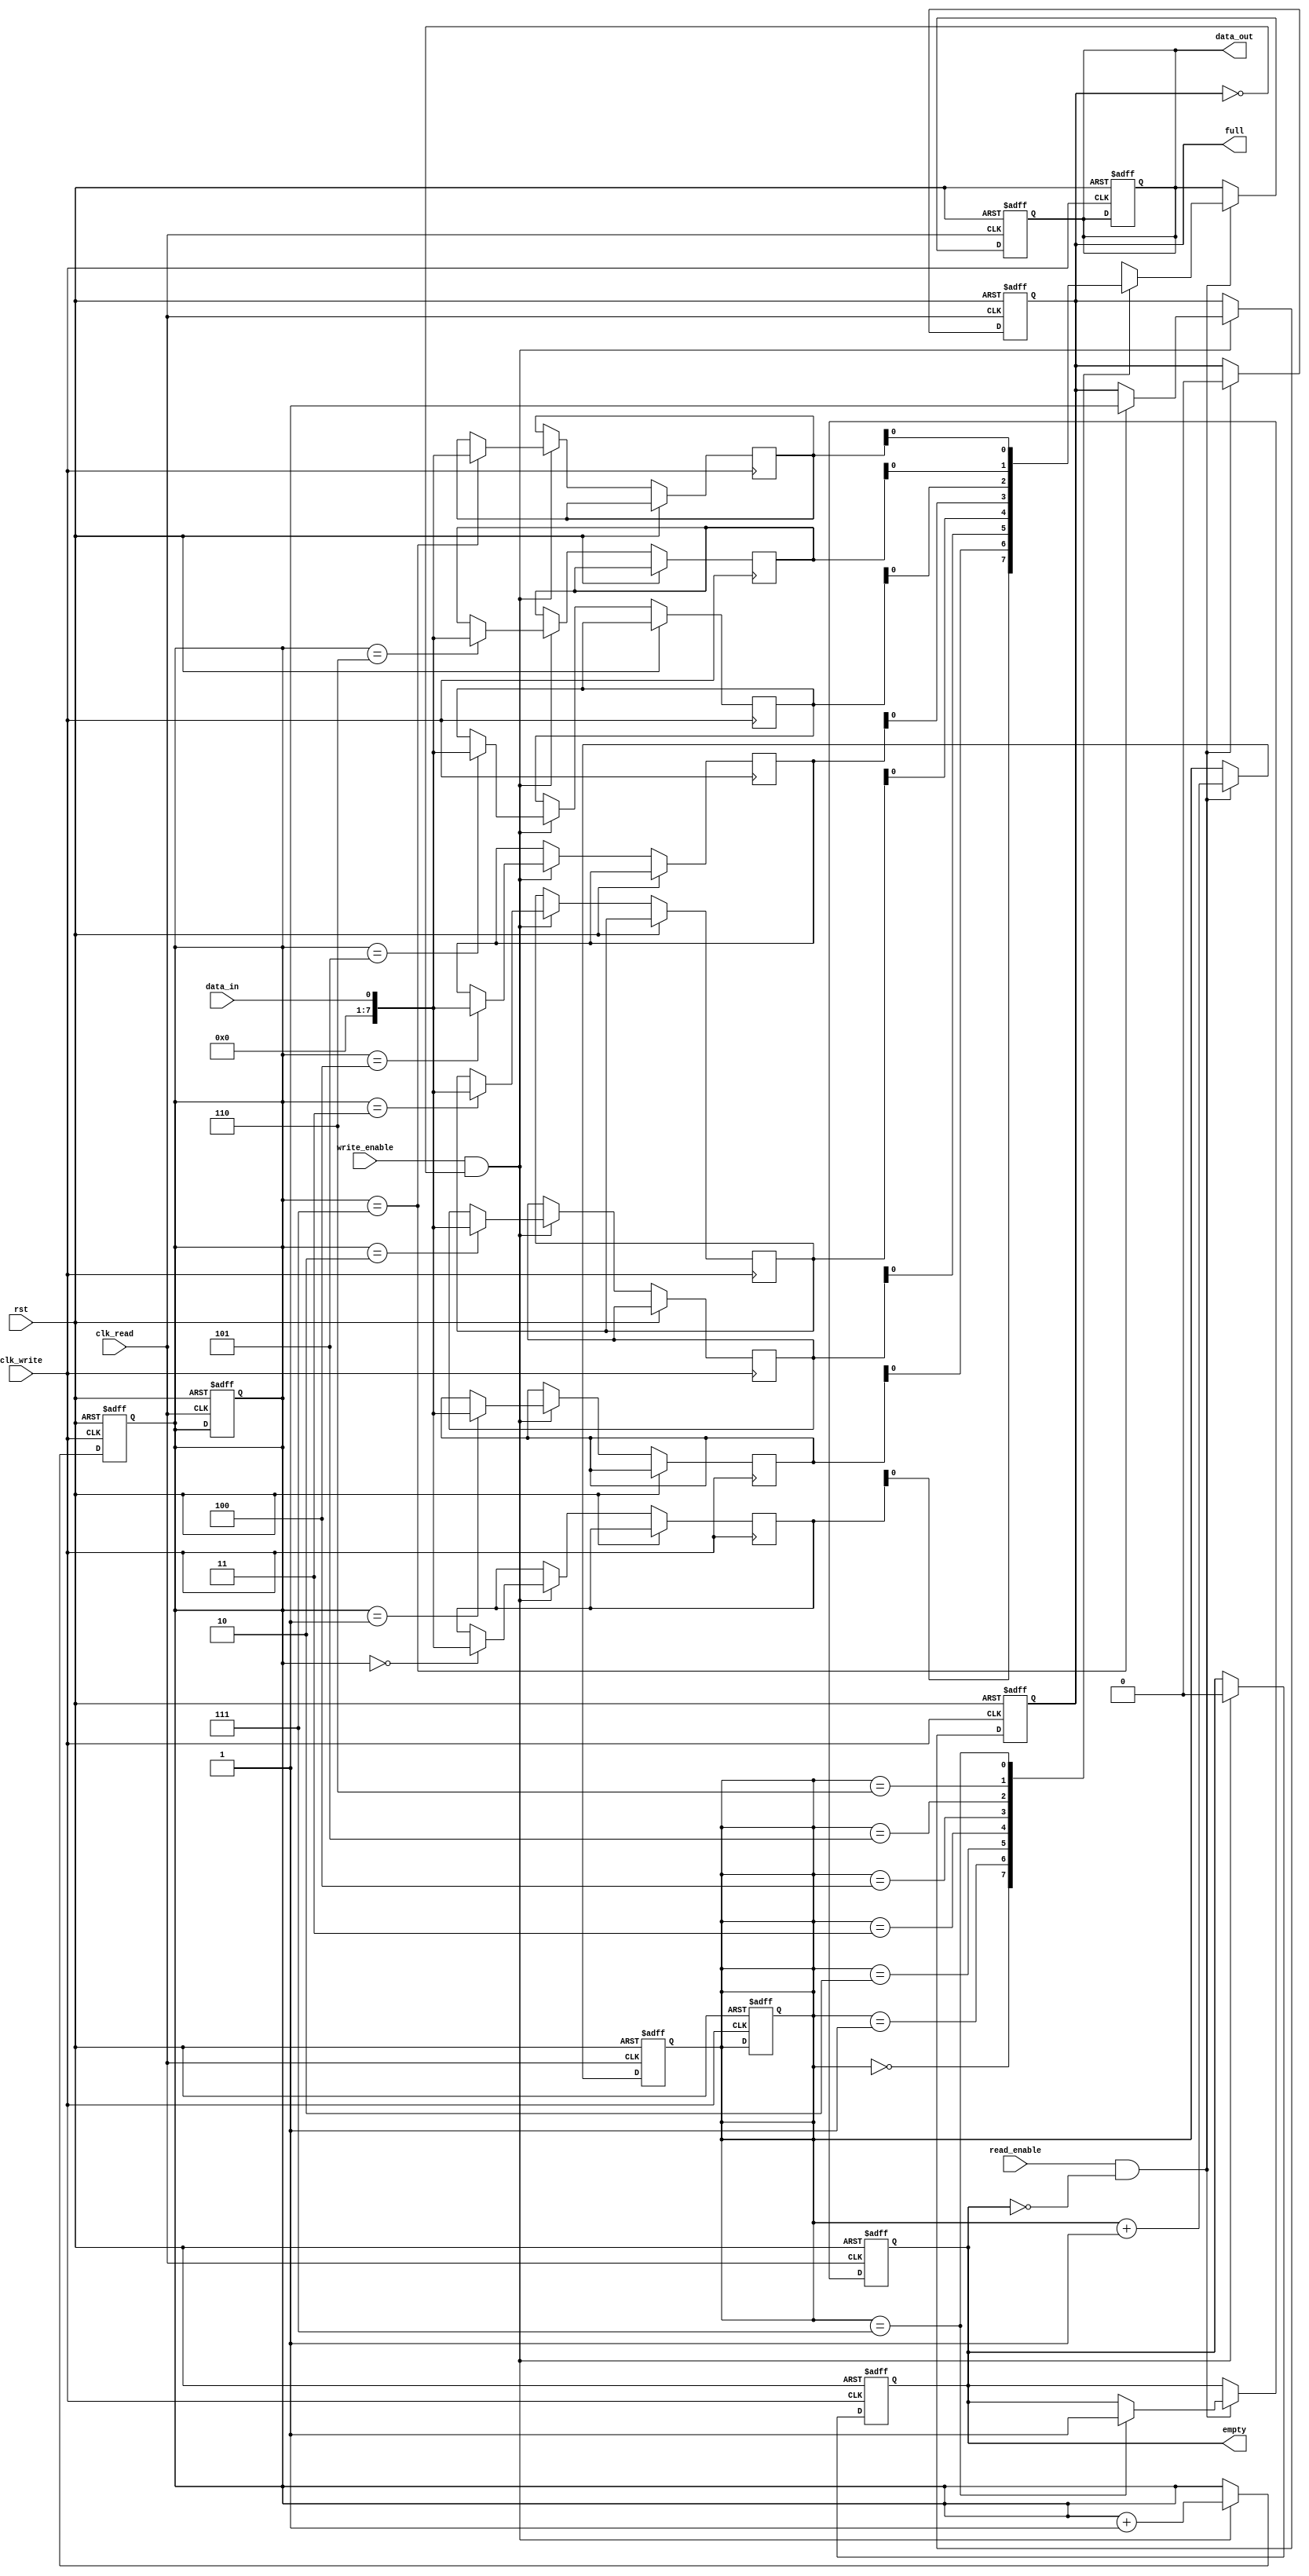
module synchronous_fifo (
  input wire clk_write,
  input wire clk_read,
  input wire rst,
  input wire write_enable,
  input wire read_enable,
  input wire data_in,
  output reg data_out,
  output reg empty,
  output reg full
);

parameter FIFO_DEPTH = 8; // Depth of the FIFO buffer

reg [7:0] fifo [0:FIFO_DEPTH-1];
reg [2:0] write_ptr = 0;
reg [2:0] read_ptr = 0;

always @(posedge clk_write or posedge rst) begin
  if (rst) begin
    write_ptr <= 0;
    read_ptr <= 0;
    empty <= 1;
    full <= 0;
    data_out <= 0;
  end else begin
    if (write_enable && !full) begin
      fifo[write_ptr] <= data_in;
      write_ptr <= write_ptr + 1;
      if (write_ptr == FIFO_DEPTH-1) begin
        full <= 1;
      end
      empty <= 0;
    end
  end
end

always @(posedge clk_read or posedge rst) begin
  if (rst) begin
    write_ptr <= 0;
    read_ptr <= 0;
    empty <= 1;
    full <= 0;
    data_out <= 0;
  end else begin
    if (read_enable && !empty) begin
      data_out <= fifo[read_ptr];
      read_ptr <= read_ptr + 1;
      if (read_ptr == FIFO_DEPTH-1) begin
        empty <= 1;
      end
      full <= 0;
    end
  end
end
endmodule